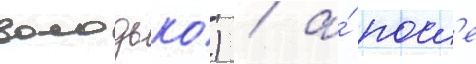
володько) / а́ посл'е